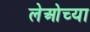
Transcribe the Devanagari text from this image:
लेओच्या